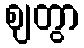
ဈတွာ